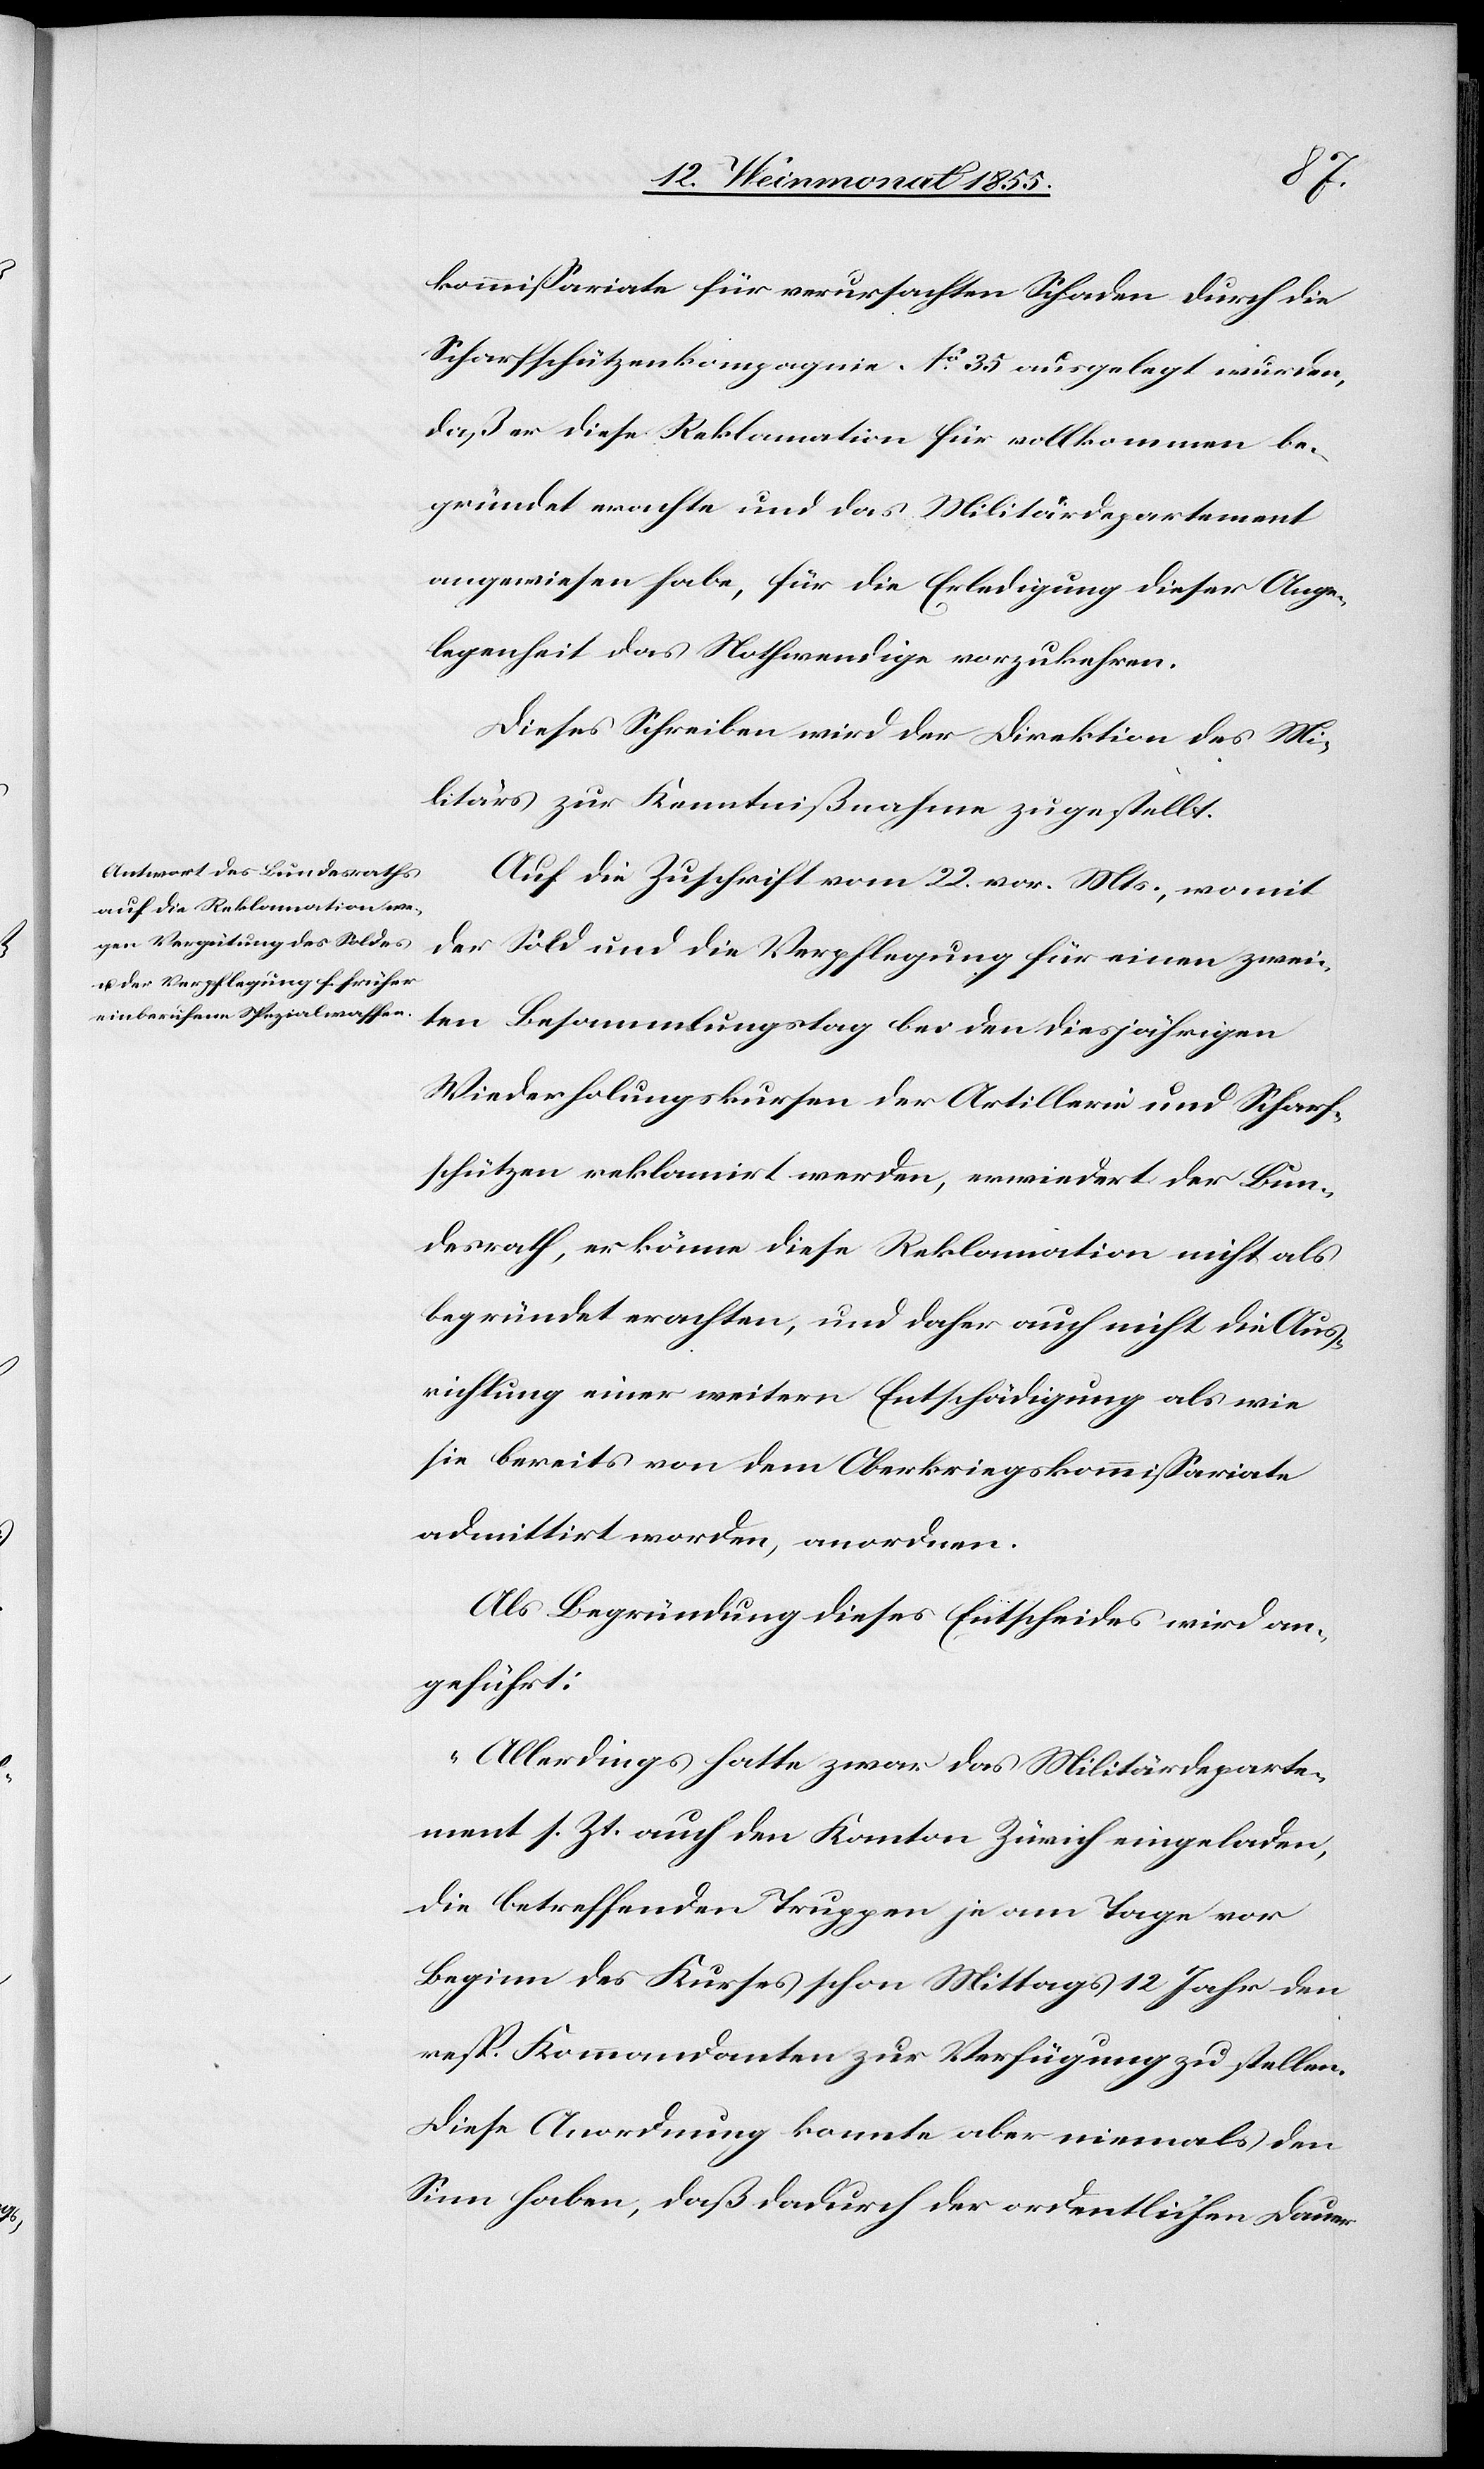
cte:
kommissariate für verursachten Schaden durch die
Scharfschützenkompagnie No. 35 ausgelegt wurden,
daß er diese Reklamation für vollkommen be¬
gründet erachte und das Militärdepartement
angewiesen habe, für die Erledigung dieser Ange¬
legenheit das Nothwendige vorzukehren.
Dieses Schreiben wird der Direktion des Mi¬
litärs zur Kenntnißnahme zugestellt.
Auf die Zuschrift vom 22. vor. Mts., womit
der Sold und die Verpflegung für einen zwei¬
ten Besammlungstag bei den diesjährigen
Wiederholungskursen der Artillerie und Scharf¬
schützen reklamirt werden, erwiedert der Bun¬
desrath, er könne diese Reklamation nicht als
begründet erachten, und daher auch nicht die Aus¬
richtung einer weitern Entschädigung als wie
sie bereits von dem Oberkriegskommissariate
admittirt worden, anordnen.
Als Begründung dieses Entscheides wird an¬
geführt:
„Allerdings hatte zwar das Militärdeparte¬
ment s. Zt. auch den Kanton Zürich eingeladen,
die betreffenden Truppen je am Tage vor
Beginn des Kurses schon Mittags 12 Jahr [re¬
resp. Kommandanten zur Verfügung zu stellen.
Diese Anordnung konnte aber niemals den
Sinn haben, daß dadurch der ordentlichen Dauer